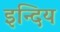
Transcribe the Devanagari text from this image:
इन्दिय